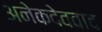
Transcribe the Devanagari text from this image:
अनेकदेववाद